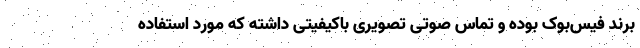
برند فیس‌بوک بوده و تماس صوتی تصویری باکیفیتی داشته که مورد استفاده